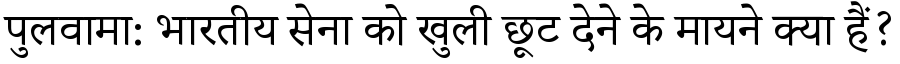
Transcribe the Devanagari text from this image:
पुलवामा: भारतीय सेना को खुली छूट देने के मायने क्या हैं?